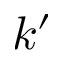
k ^ { \prime }